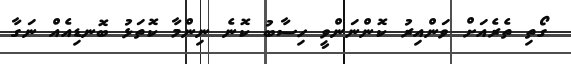
ގޯތި ތެރެއަށް ވަންއިރު ކޮންނަންވީ ހިސާބު ކޮނެ ނިންމާ ކޮތަޅު ބޮނޑިއެއް ނަގާ